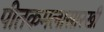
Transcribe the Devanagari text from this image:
पीतकमलासारखी